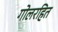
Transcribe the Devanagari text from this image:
गोलरहित